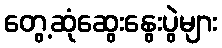
တွေ့ဆုံဆွေးနွေးပွဲများ